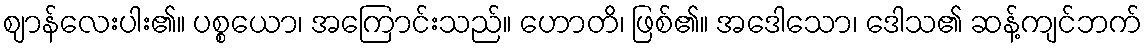
ဈာန်လေးပါး၏။ ပစ္စယော၊ အကြောင်းသည်။ ဟောတိ၊ ဖြစ်၏။ အဒေါသော၊ ဒေါသ၏ ဆန့်ကျင်ဘက်